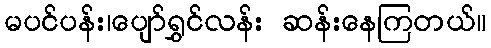
မပင်ပန်း၊ပျော်ရွှင်လန်း ဆန်းနေကြတယ်။